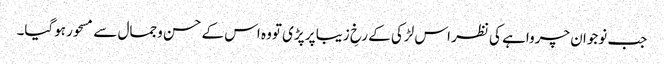
جب نوجوان چرواہے کی نظر اس لڑکی کے رخِ زیبا پر پڑی تووہ اس کے حسن وجمال سے مسحور ہوگیا۔